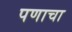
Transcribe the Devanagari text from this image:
पणाचा